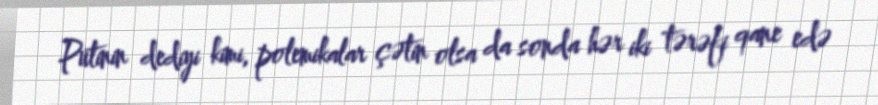
Putinin dediyi kimi, polemikalar çətin olsa da sonda hər iki tərəfi qane edə